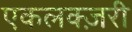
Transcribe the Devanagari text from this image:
एकलक्ज़री